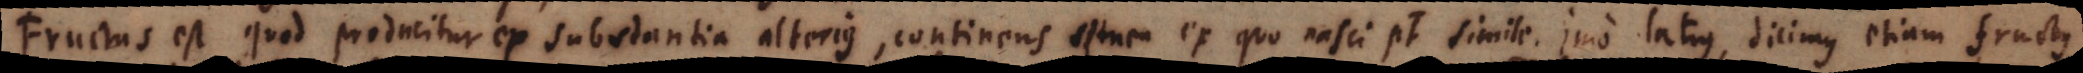
Fructus est quod producitur ex substantia alterius, continens semen ex quo nasci potest simile. Imo latius, dicimus etiam fructus